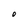
Character: O